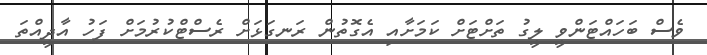
ވެސް ބަހައްޓަންވީ ލީގު ތަށްޓަށް ކަމަށާއި އެގޮތުން ރަނގަޅަށް ރެސްޓްކުރުމަށް ފަހު އާދީއްތަ